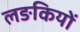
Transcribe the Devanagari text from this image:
लङकियों